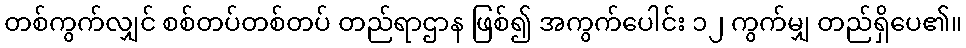
တစ်ကွက်လျှင် စစ်တပ်တစ်တပ် တည်ရာဌာန ဖြစ်၍ အကွက်ပေါင်း ၁၂ ကွက်မျှ တည်ရှိပေ၏။